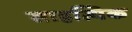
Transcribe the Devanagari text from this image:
साहत्यिक